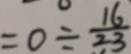
= 0 \div \frac { 1 6 } { 2 3 }